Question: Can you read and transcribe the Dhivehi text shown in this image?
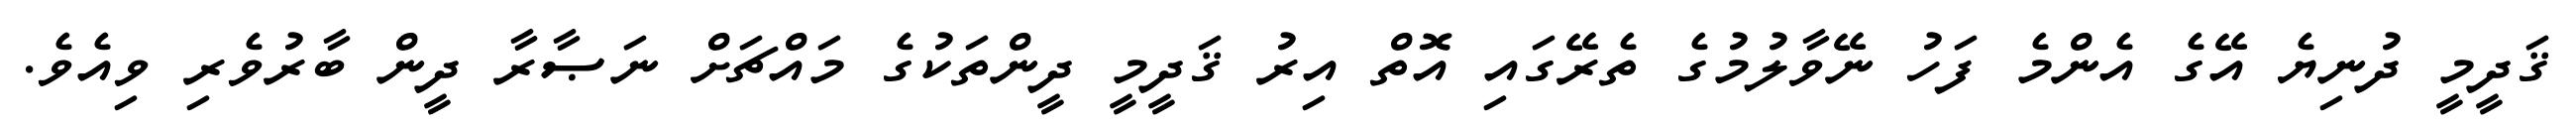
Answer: ޤަދީމީ ދުނިޔެ އޭގެ އެންމެ ފަހު ނޭވާލުމުގެ ތެރޭގައި އޮތް އިރު ޤަދީމީ ދީންތަކުގެ މައްޗަށް ނަޞާރާ ދީން ބާރުވެރި ވިއެވެ.